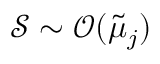
\mathcal { S } \sim \mathcal { O } ( \tilde { \mu } _ { j } )